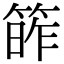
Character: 𥯭